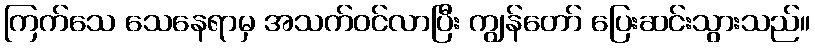
ကြက်သေ သေနေရာမှ အသက်ဝင်လာပြီး ကျွန်တော် ပြေးဆင်းသွားသည်။